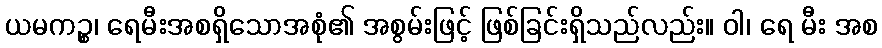
ယမကဉ္စ၊ ရေမီးအစရှိသောအစုံ၏ အစွမ်းဖြင့် ဖြစ်ခြင်းရှိသည်လည်း။ ဝါ၊ ရေ မီး အစ